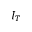
I _ { T }